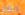
انفاق